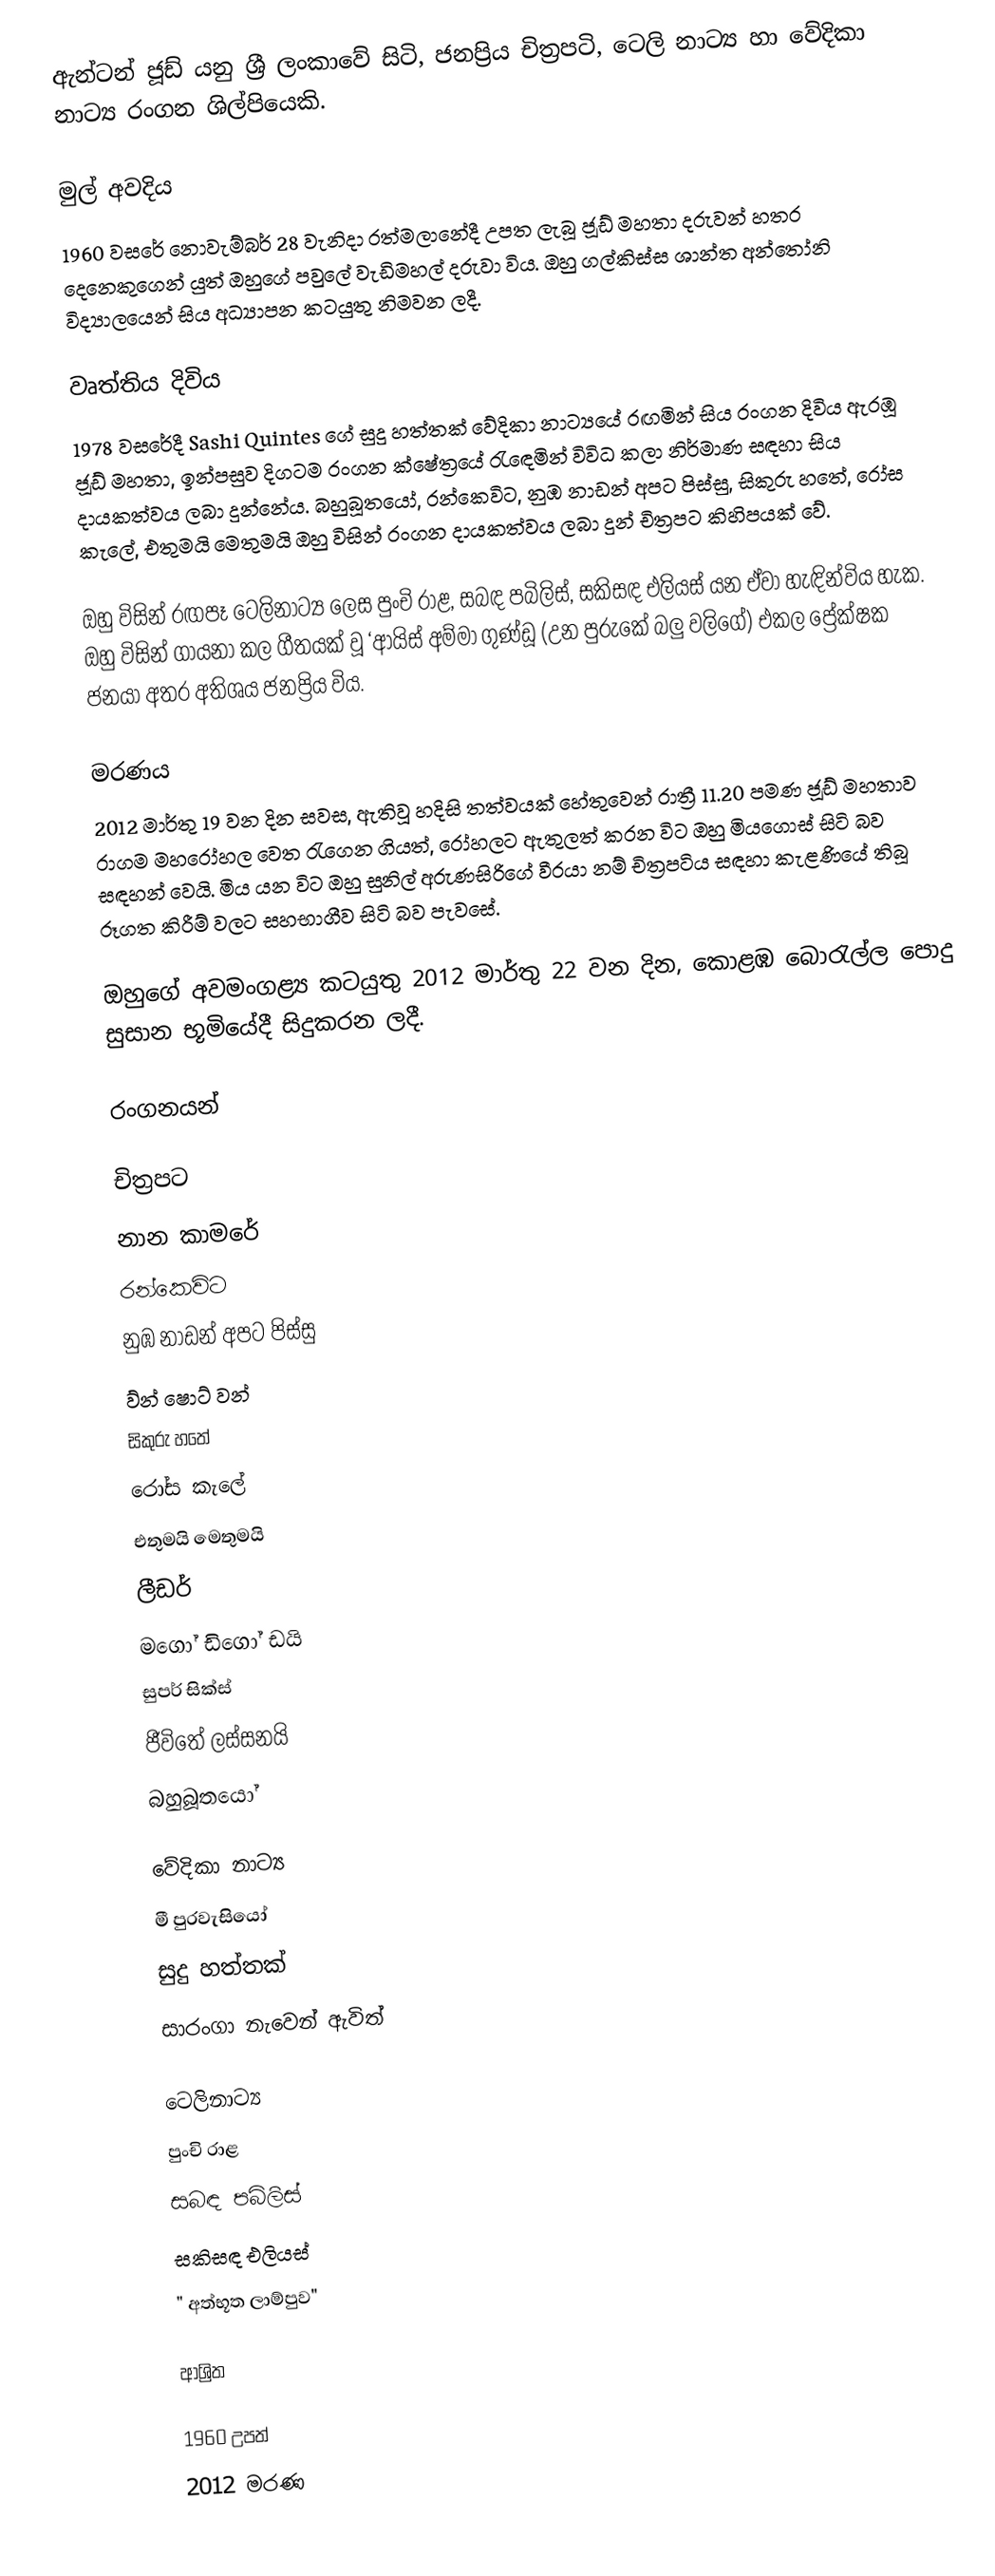
ඇන්ටන් ජූඩ් යනු ශ්‍රී ලංකාවේ සිටි, ජනප්‍රිය චිත්‍රපටි, ටෙලි නාට්‍ය හා වේදිකා නාට්‍ය රංගන ශිල්පියෙකි.

මුල් අවදිය
1960 වසරේ නොවැම්බර් 28 වැනිදා රත්මලානේදී උපත ලැබූ ජූඩ් මහතා දරුවන් හතර දෙනෙකුගෙන් යුත් ඔහුගේ පවුලේ වැඩිමහල් දරුවා විය. ඔහු ගල්කිස්ස ශාන්ත අන්තෝනි විද්‍යාලයෙන් සිය අධ්‍යාපන කටයුතු නිමවන ලදී.

වෘත්තිය දිවිය
1978 වසරේදී Sashi Quintes ගේ සුදු හත්තක් වේදිකා නාට්‍යයේ රඟමින් සිය රංගන දිවිය ඇරඹූ ජූඩ් මහතා, ඉන්පසුව දිගටම රංගන ක්ෂේත්‍රයේ රැඳෙමින් විවිධ කලා නිර්මාණ සඳහා සිය දායකත්වය ලබා දුන්නේය. බහුබූතයෝ, රන්කෙවිට, නුඹ නාඩන් අපට පිස්සු, සිකුරු හතේ, රෝස කැලේ, එතුමයි මෙතුමයි ඔහු විසින් රංගන දායකත්වය ලබා දුන් චිත්‍රපට කිහිපයක් වේ.

ඔහු විසින් රඟපෑ ටෙලිනාට්‍ය ලෙස පුංචි රාළ, සබඳ පබිලිස්, සකිසඳ එලියස් යන ඒවා හැඳින්විය හැක. ඔහු විසින් ගායනා කල ගීතයක් වූ ‘ආයිස් අම්මා ගුණ්ඩූ (උන පුරුකේ බලු වලිගේ) එකල ප්‍රේක්ෂක ජනයා අතර අතිශය ජනප්‍රිය විය.

මරණය
2012 මාර්තු 19 වන දින සවස, ඇතිවූ හදිසි තත්වයක් හේතුවෙන් රාත්‍රී 11.20 පමණ ජූඩ් මහතාව රාගම මහරෝහල වෙත රැගෙන ගියත්, රෝහලට ඇතුලත් කරන විට ඔහු මියගොස් සිටි බව සඳහන් වෙයි. මිය යන විට ඔහු සුනිල් අරුණසිරිගේ වීරයා නම් චිත්‍රපටිය සඳහා කැළණියේ තිබූ රූගත කිරීම් වලට සහභාගීව සිටි බව පැවසේ.

ඔහුගේ අවමංගළ්‍ය කටයුතු 2012 මාර්තු 22 වන දින, කොළඹ බොරැල්ල පොදු සුසාන භූමියේදී සිදුකරන ලදී.

රංගනයන්

චිත්‍රපට
 නාන කාමරේ
 රන්කෙවිට
 නුඹ නාඩන් අපට පිස්සු
 ව්න් ෂොට් වන්
 සිකුරු හතේ
 රෝස කැලේ
 එතුමයි මෙතුමයි
 ලීඩර්
 මගෝ ඩිගෝ ඩයි
 සුපර් සික්ස්
 ජීවිතේ ලස්සනයි
 බහුබූතයෝ

වේදිකා නාට්‍ය
මී පුරවැසියෝ
සුදු හත්තක්
සාරංගා නැවෙන් ඇවිත්

ටෙලිනාට්‍ය
පුංචි රාළ
සබඳ පබිලිස්
සකිසඳ එලියස්
" අත්භූත ලාම්පුව"

ආශ්‍රිත

1960 උපත්
2012 මරණ